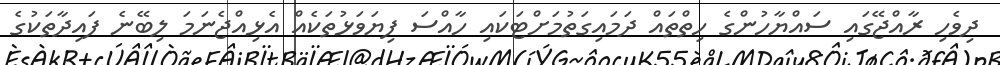
ދިވެހި ރާއްޖޭގައި ސައްޔާހުންގެ ހިތްތައް ދަމައިގަތުމަށްޓަކައި ހާއްސަ ފިޔަވަޅުތަކެއް އެޅިއްޖެނަމަ ލިބޭނެ ފައިދާތަކުގެ